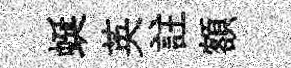
蜒英註額